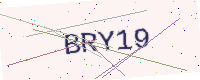
Text: BRY19